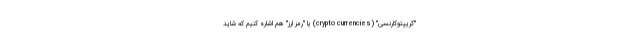
"کریپتوکارنسی" (crypto currencies) یا "رمز ارز" هم اشاره کنیم که شاید